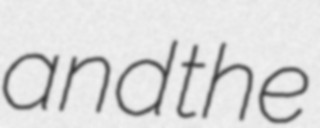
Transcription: and the